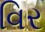
વિર